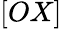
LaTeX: [OX]